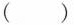
( )